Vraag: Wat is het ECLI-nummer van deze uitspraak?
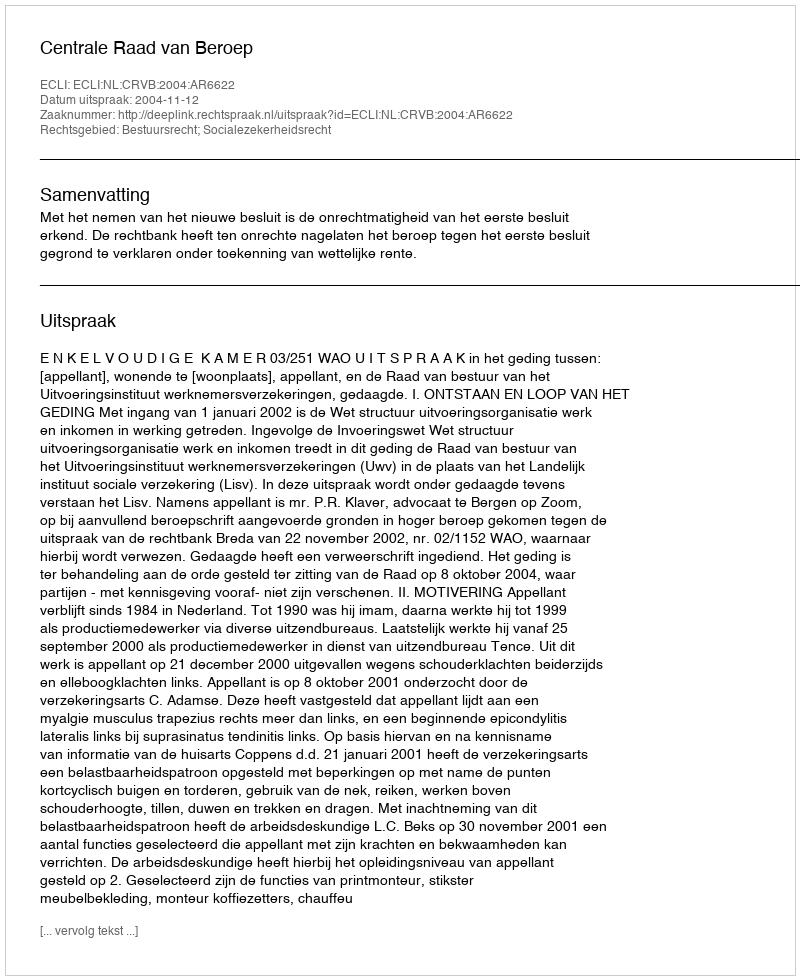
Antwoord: ECLI:NL:CRVB:2004:AR6622